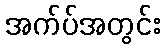
အက်ပ်အတွင်း